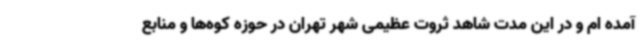
آمده ام و در این مدت شاهد ثروت عظیمی شهر تهران در حوزه کوه‌ها و منابع